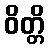
ဝိတ္တိ